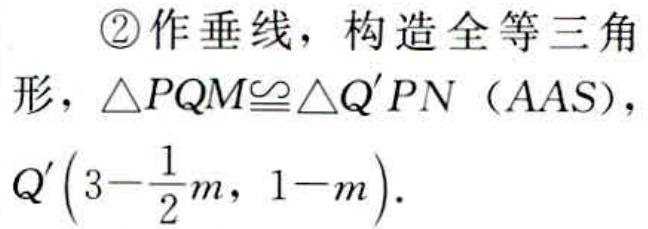
\textcircled{2}作垂线，构造全等三角

形，$\triangle PQM\cong\triangle Q'PN$（AAS），

$Q'\left(3 - \frac{1}{2}m, \ 1 - m\right).$